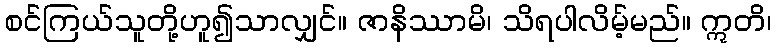
စင်ကြယ်သူတို့ဟူ၍သာလျှင်။ ဇာနိဿာမိ၊ သိရပါလိမ့်မည်။ ဣတိ၊